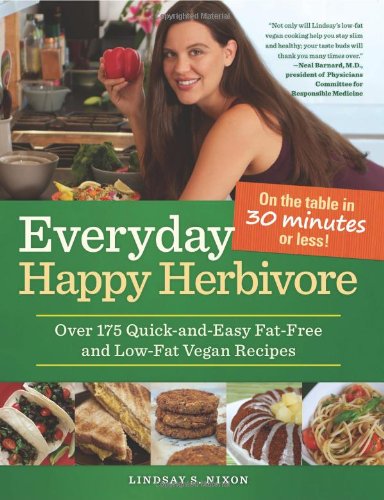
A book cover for Everyday Happy Herbivore: Over 175 Quick-and-Easy Fat-Free and Low-Fat Vegan Recipes; Lindsay S. Nixon; Cookbooks, Food & Wine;